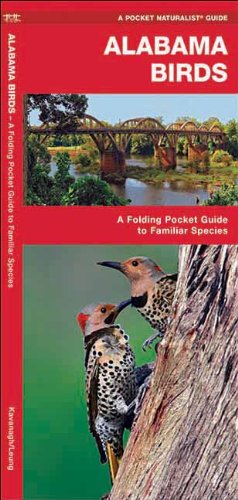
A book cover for Alabama Birds: A Folding Pocket Guide to Familiar Species (Pocket Naturalist Guide Series); James Kavanagh; Travel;